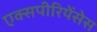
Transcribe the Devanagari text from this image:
एक्सपीरियेंसेस